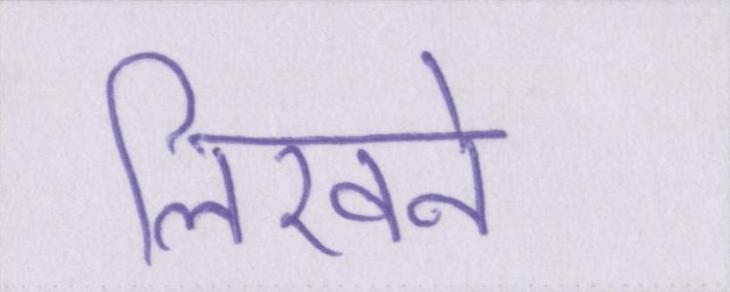
लिखने